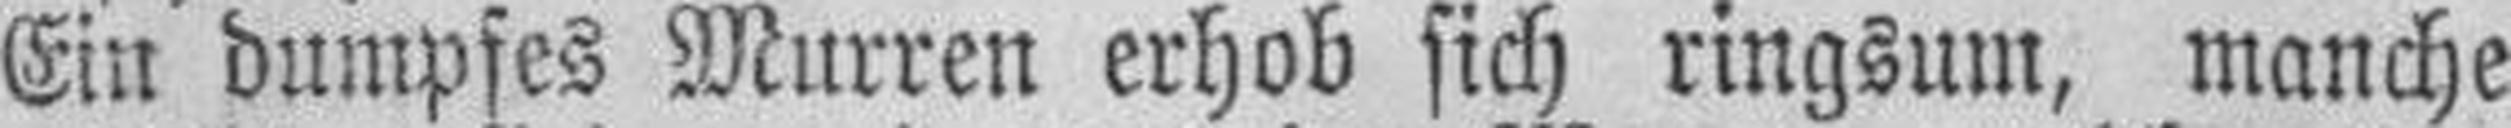
Ein dumpfes Murren erhob sich ringsum, manche